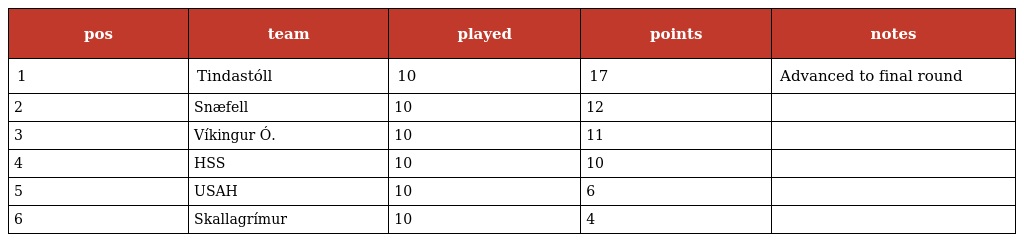
| pos | team | played | points | notes |
 | --- | --- | --- | --- | --- |
 | 1 | Tindastóll | 10 | 17 | Advanced to final round |
 | 2 | Snæfell | 10 | 12 |  |
 | 3 | Víkingur Ó. | 10 | 11 |  |
 | 4 | HSS | 10 | 10 |  |
 | 5 | USAH | 10 | 6 |  |
 | 6 | Skallagrímur | 10 | 4 |  |